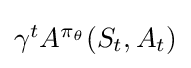
{\textstyle \gamma ^{t}A^{\pi _{\theta }}(S_{t},A_{t})}